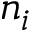
n _ { i }